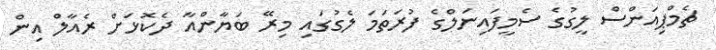
ޗެމްޕިއަންސް ލީގުގެ ސެމީފައިނަލްގެ ފުރަތަމަ ލެގުގައި މިރޭ ބަޔާންއާ ދެކޮޅަށް ރެއާލް އިން